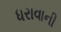
ધરાવાની